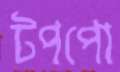
টপপো